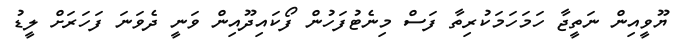
ޔޫވީއިން ނަތީޖާ ހަމަހަމަކުރިތާ ފަސް މިނެޓުފަހުން ފޯކައިދޫއިން ވަނީ ދެވަނަ ފަހަރަށް ލީޑު